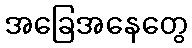
အခြေအနေတွေ